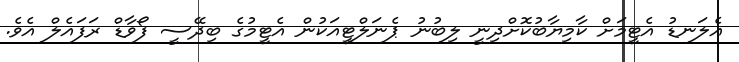
އެލަނޑު އެޓީމަށް ކާމިޔާބުކޮށްދިނީ ލިބުނު ޕެނަލްޓީއަކުން އެޓީމުގެ ބިދޭސީ ފޯވާޑް ރަފައެލް އެވެ.